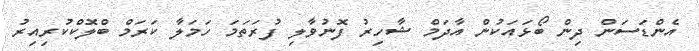
އެންޑަސަން ދިން ބޯޅައަކުން އާދަމް ޝާހިރު ފޮނުވާލި ފުރަތަމަ ހަމަލާ ކަރަމް ބްލޮކްކުރިއިރު